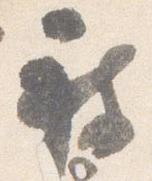
被